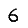
Digit: 6